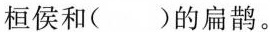
桓侯和( )的扁鹊。